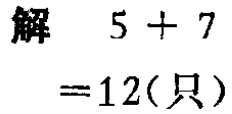
解 \(5 + 7\)

\(=12(\text{只})\)